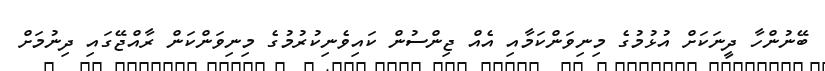
ބޭނުންހާ ދީނަކަށް އުޅުމުގެ މިނިވަންކަމާއި އެއް ޖިންސުން ކައިވެނިކުރުމުގެ މިނިވަންކަން ރާއްޖޭގައި ދިނުމަށް